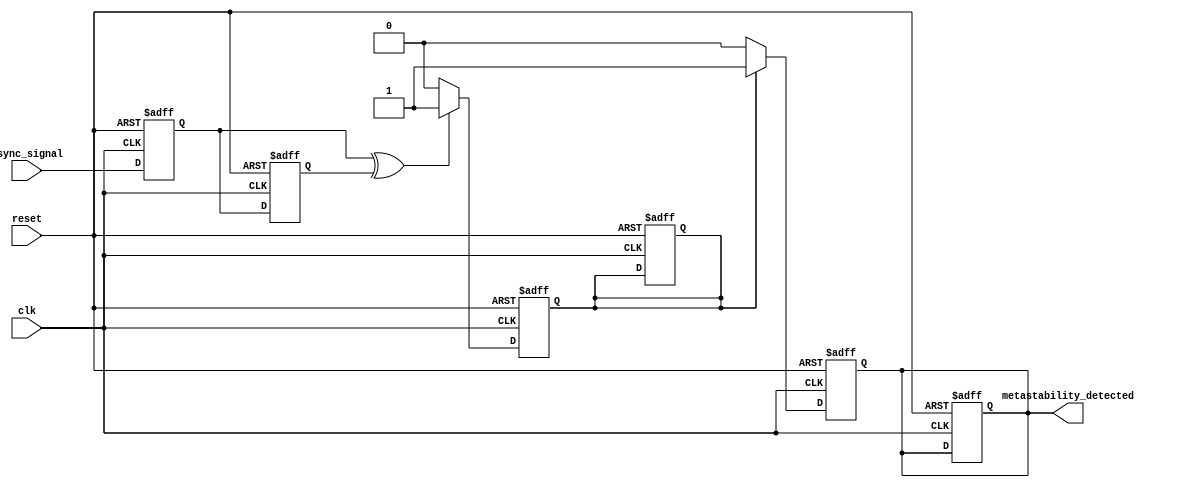
module metastability_detector (
    input wire clk,            // Clock input
    input wire async_signal,   // Asynchronous input signal
    input wire reset,          // Reset input
    output reg metastability_detected // Output pulse indicating metastability
);

    // Internal signals for flip-flops
    reg ff1, ff2;

    // Pulse generation logic
    reg pulse;

    // Flip-flops to sample the asynchronous signal
    always @(posedge clk or posedge reset) begin
        if (reset) begin
            ff1 <= 1'b0;
            ff2 <= 1'b0;
            pulse <= 1'b0;
            metastability_detected <= 1'b0;
        end else begin
            ff1 <= async_signal; // Sample the async signal
            ff2 <= ff1;          // Sample the output of FF1
        end
    end

    // Detecting metastability condition
    always @(posedge clk or posedge reset) begin
        if (reset) begin
            pulse <= 1'b0;
            metastability_detected <= 1'b0;
        end else begin
            // Generate pulse if ff1 and ff2 are different
            if (ff1 ^ ff2) begin
                pulse <= 1'b1; // Set pulse high
            end else begin
                pulse <= 1'b0; // Reset pulse
            end

            // Set metastability detected output
            if (pulse) begin
                metastability_detected <= 1'b1; // Indicate metastability
            end else begin
                metastability_detected <= 1'b0; // Clear indication
            end
        end
    end

endmodule